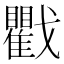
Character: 戵